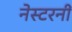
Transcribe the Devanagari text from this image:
नेस्टरनीं